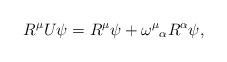
LaTeX: \begin{align*}R^{\mu }U\psi =R^{\mu }\psi +\omega ^{\mu }{}_{\alpha }R^{\alpha }\psi ,\end{align*}